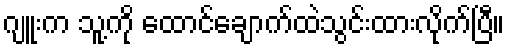
ဂျူးက သူ့ကို ထောင်ချောက်ထဲသွင်းထားလိုက်ပြီ။